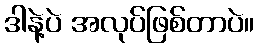
ဒါနဲ့ပဲ အလုပ်ဖြစ်တာပဲ။